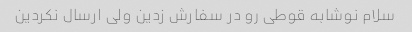
سلام نوشابه قوطی رو در سفارش زدین ولی ارسال نکردین